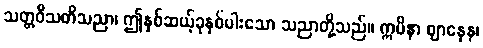
သတ္တဝီသတိသညာ၊ ဤနှစ်ဆယ့်ခုနှစ်ပါးသော သညာတို့သည်။ ဣမိနာ ဈာနေန၊